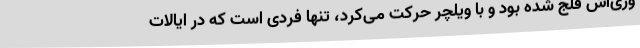
وری‌اش فلج شده بود و با ویلچر حرکت می‌کرد، تنها فردی است که در ایالات